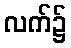
လက်၌